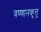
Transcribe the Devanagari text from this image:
वण्णानकूत्तु